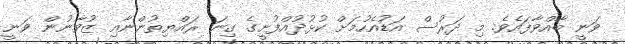
ވަނީ ބާއްވާފައެވެ. މި ދަރުސް އަޑުއެހުމަށް ކުޅުދުއްފުށީގެ ގިނަ ރައްޔިތުންނާއި ޒުވާނުން ވަނީ